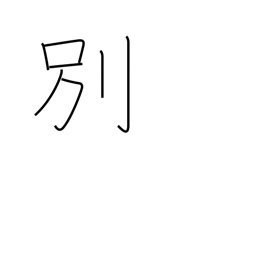
Meaning: diverge